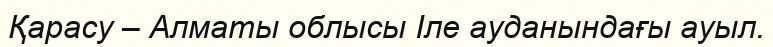
Қарасу – Алматы облысы Іле ауданындағы ауыл.